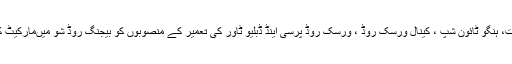
کمرشل کمپلیکس نشتر آباد ، کمرشل کمپلیکس ٹکڑاIII ، سیٹیلائٹ ٹائون ابوہا سوات، ہنگو ٹائون شپ ، کینال ورسک روڈ ، ورسک روڈ پرسی اینڈ ڈبلیو ٹاور کی تعمیر کے منصوبوں کو بیجنگ روڈ شو میںمارکیٹ کیاگیا جن سے مجموعی طور پر تقریباً96.123 ارب روپے کی آمدن متوقع ہے۔